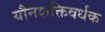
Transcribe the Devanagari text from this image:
यौनशक्तिवर्धक